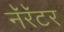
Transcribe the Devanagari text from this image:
नॅरॅटर